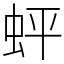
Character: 蚲